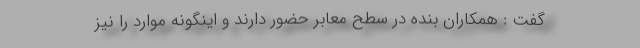
گفت : همکاران بنده در سطح معابر حضور دارند و اینگونه موارد را نیز